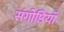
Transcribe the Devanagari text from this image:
संगोष्ठियॉ